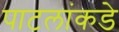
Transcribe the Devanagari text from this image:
पाटलांकडे